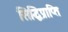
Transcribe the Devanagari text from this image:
सिद्धिप्राप्ति